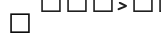
٢